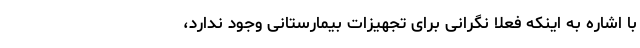
با اشاره به اینکه فعلا نگرانی برای تجهیزات بیمارستانی وجود ندارد،